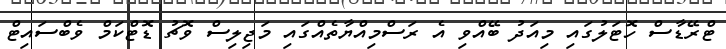
ޓްރޭޑާސް ހޮޓަލުގައި މިއަދު ބޭއްވި އެ ރަސްމިއްޔާތެއްގައި މަޖިލިސް ވޮޗު ޑޮޓްކަމް ވެބްސައިޓް